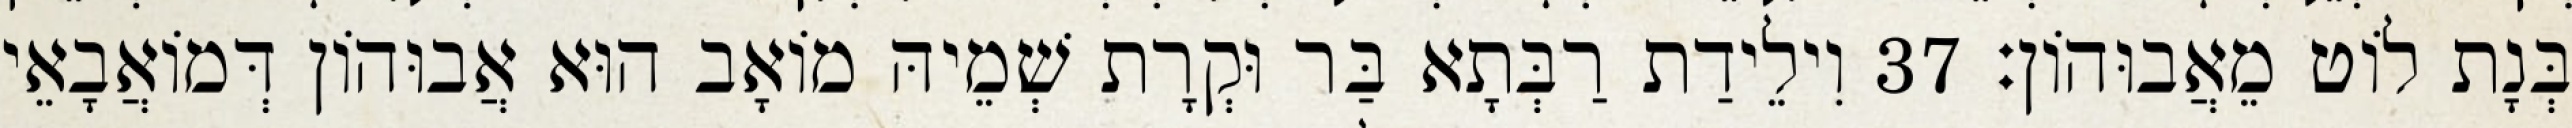
בְּנָת לוֹט מֵאֲבוּהוֹן׃ 37 וִילֵידַת רַבְּתָא בַּר וּקְרָת שְׁמֵיהּ מוֹאָב הוּא אֲבוּהוֹן דְּמוֹאֲבָאֵי